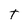
Character: T